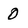
Character: 0